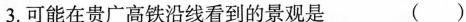
3.可能在贵广高铁沿线看到的景观是 ()